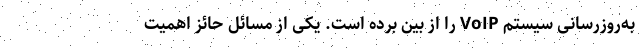
به‌روزرسانی سیستم VoIP را از بین برده است. یکی از مسائل حائز اهمیت